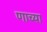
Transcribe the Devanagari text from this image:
णाच्या